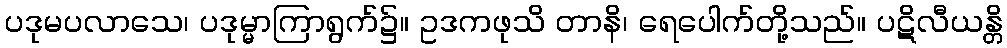
ပဒုမပလာသေ၊ ပဒုမ္မာကြာရွက်၌။ ဥဒကဖုသိ တာနိ၊ ရေပေါက်တို့သည်။ ပဋိလီယန္တိ